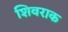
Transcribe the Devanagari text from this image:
शिवराक